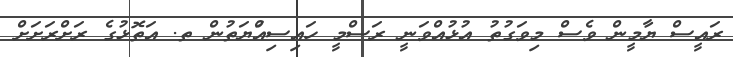
ރައީސް ޔާމީން ވެސް މިވަގުތު އުޅުއްވަނީ ރަސްމީ ހައިސިއްުޔަތުން ތ. އަތޮޅުގެ ރަށްރަށަށް